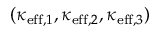
( \kappa _ { \mathrm { e f f } , 1 } , \kappa _ { \mathrm { e f f } , 2 } , \kappa _ { \mathrm { e f f } , 3 } )